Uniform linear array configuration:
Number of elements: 64
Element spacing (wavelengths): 1
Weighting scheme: kaiser
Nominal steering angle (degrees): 0
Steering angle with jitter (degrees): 1.396
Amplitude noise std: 0.05
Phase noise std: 0.05

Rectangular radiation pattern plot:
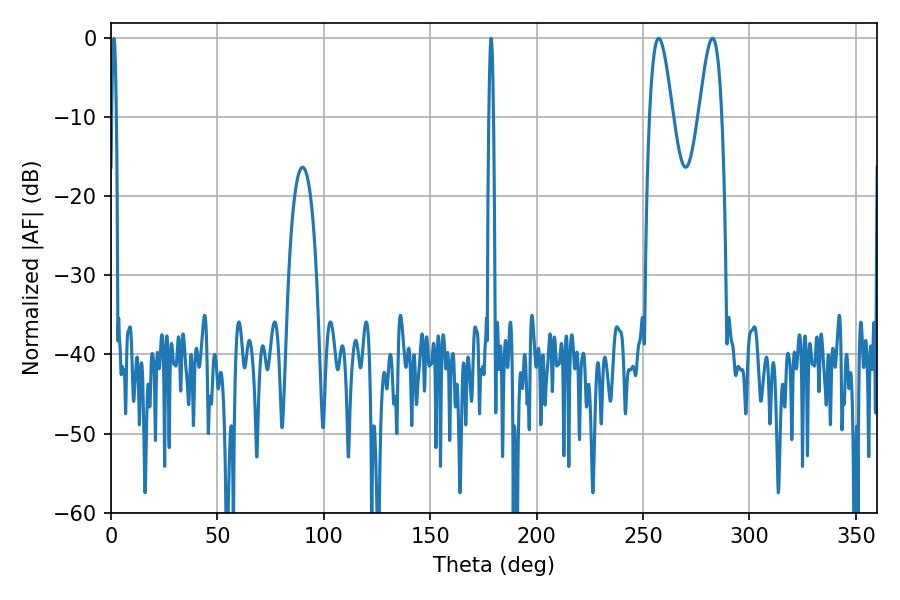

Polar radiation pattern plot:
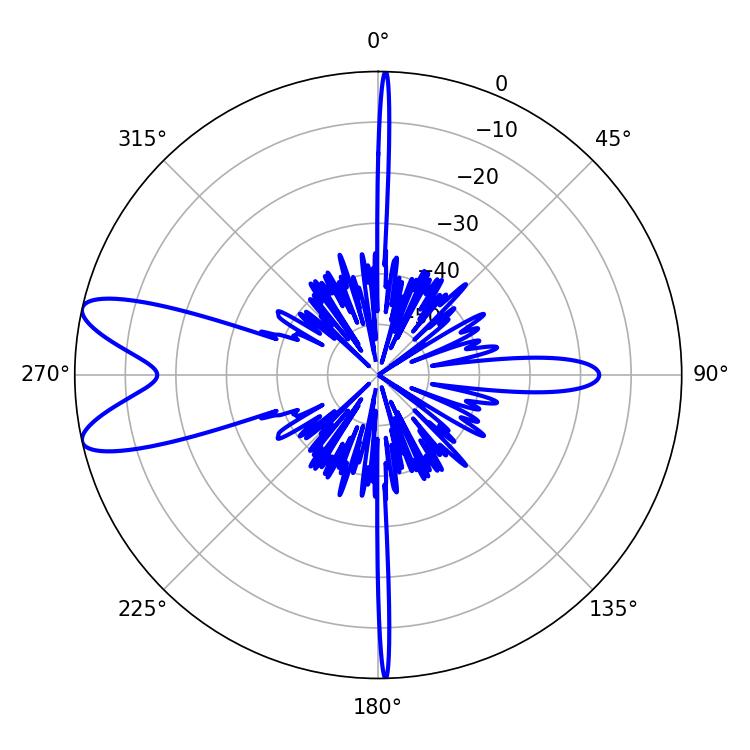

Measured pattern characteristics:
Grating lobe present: TRUE
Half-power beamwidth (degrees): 5.76
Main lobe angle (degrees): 282.6